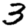
Digit: 3